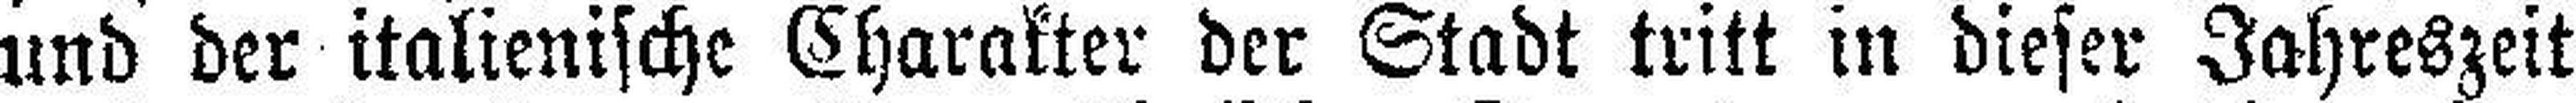
und der italienische Charakter der Stadt tritt in dieser Jahreszeit